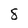
Character: 8